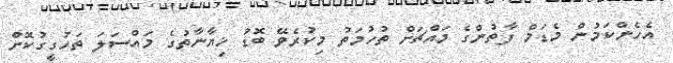
އެހެންކަމުން މެޑަމް ފާތުންގެ މައްޗަށް ތުހުމަތު މިކުރެވޭ ބޮޑު ޚިޔާނާތުގެ މައްސަލަ ތަހުގީގުކޮށް